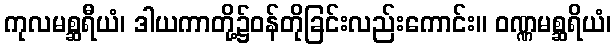
ကုလမစ္ဆရီယံ၊ ဒါယကာတို့၌ဝန်တိုခြင်းလည်းကောင်း။ ဝဏ္ဏမစ္ဆရိယံ၊